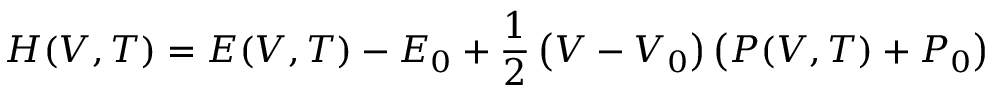
H ( V , T ) = E ( V , T ) - E _ { 0 } + \frac { 1 } { 2 } \left( V - V _ { 0 } \right) \left( P ( V , T ) + P _ { 0 } \right)